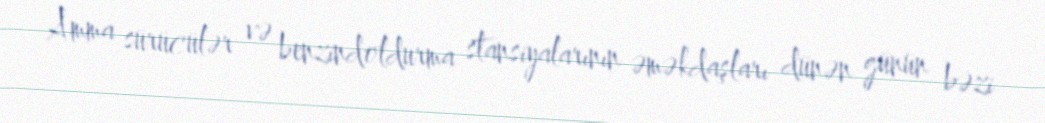
Amma sürücülər və benzindoldurma stansiyalarının əməkdaşları dünən günün bəzi